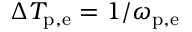
\Delta T _ { \mathrm { p , e } } = 1 / \omega _ { \mathrm { p , e } }